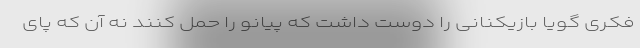
فکری گویا بازیکنانی را دوست داشت که پیانو را حمل کنند نه آن که پای